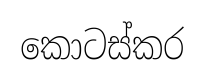
කොටස්කර